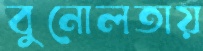
বুনোলতায়